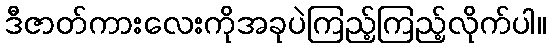
ဒီဇာတ်ကားလေးကိုအခုပဲကြည့်ကြည့်လိုက်ပါ။